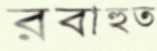
রবাহুত